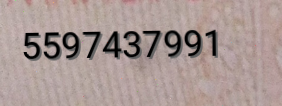
5597437991